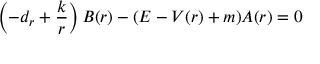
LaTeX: \left( - d _ { r } + \frac k r \right) B ( r ) - ( E - V ( r ) + m ) A ( r ) = 0